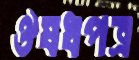
ঔষধপত্র